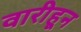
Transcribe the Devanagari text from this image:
वारीहून